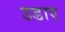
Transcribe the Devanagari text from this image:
उडाए